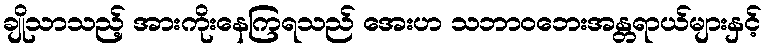
ချိုသာသည့် အားကိုးနေကြရသည် အေးဟ သဘာဝဘေးအန္တရာယ်များနှင့်